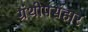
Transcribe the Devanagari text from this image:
ग्रंथोपसंहार